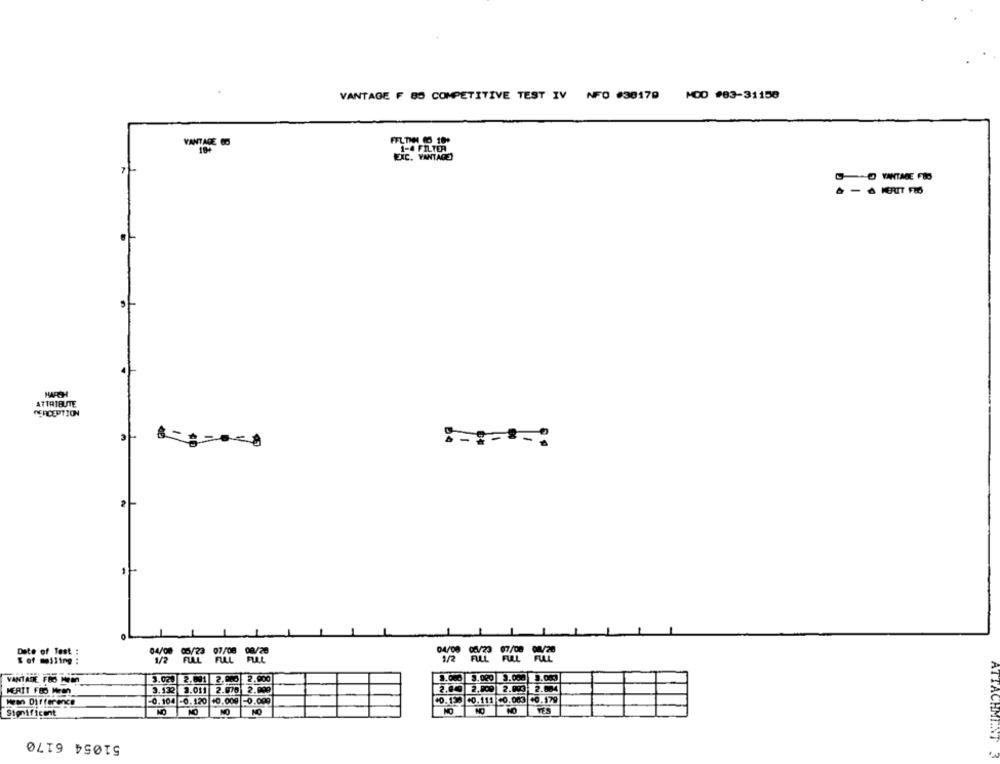
VANTAGE F 80 COMPETITIVE TEST IV NFO #38179 MOD #83-31150
VANTAGE 60
DO VANTAGE FED
ATTRIBUTE
PERCEPTION
3
2
1
0
Date of Test :
& of mailing :
VANTADE FOS HEE
3.02 2.001
2.00℃
2.900
2.070 2.099
2.00
2.0:3 2.004
MERIT FRO Mean
3.132 3.011
Han Difference
-0.104 -0.120 +0.009
-0.000
10.1:0 00.111 -0.003 +0.179
NO
NO
Significant
51054 6170
ATTACHMENT